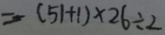
= - ( 5 1 + 1 ) \times 2 6 \div 2